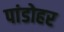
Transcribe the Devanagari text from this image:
पांडोहर